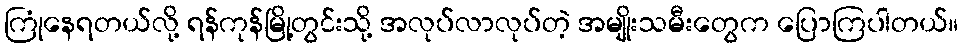
ကြုံနေရတယ်လို့ ရန်ကုန်မြို့တွင်းသို့ အလုပ်လာလုပ်တဲ့ အမျိုးသမီးတွေက ပြောကြပါတယ်။